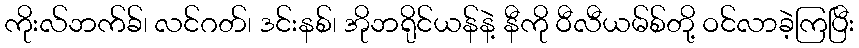
ကိုးလ်ဘက်ခ်၊ လင်ဂတ်၊ ဒင်းနစ်၊ အိုဘရိုင်ယန်နဲ့ နီကို ဝီလီယမ်စ်တို့ ဝင်လာခဲ့ကြပြီး